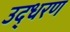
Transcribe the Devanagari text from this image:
उद्‍धरण